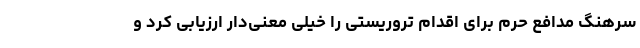
سرهنگ مدافع حرم برای اقدام تروریستی را خیلی معنی‌دار ارزیابی کرد و